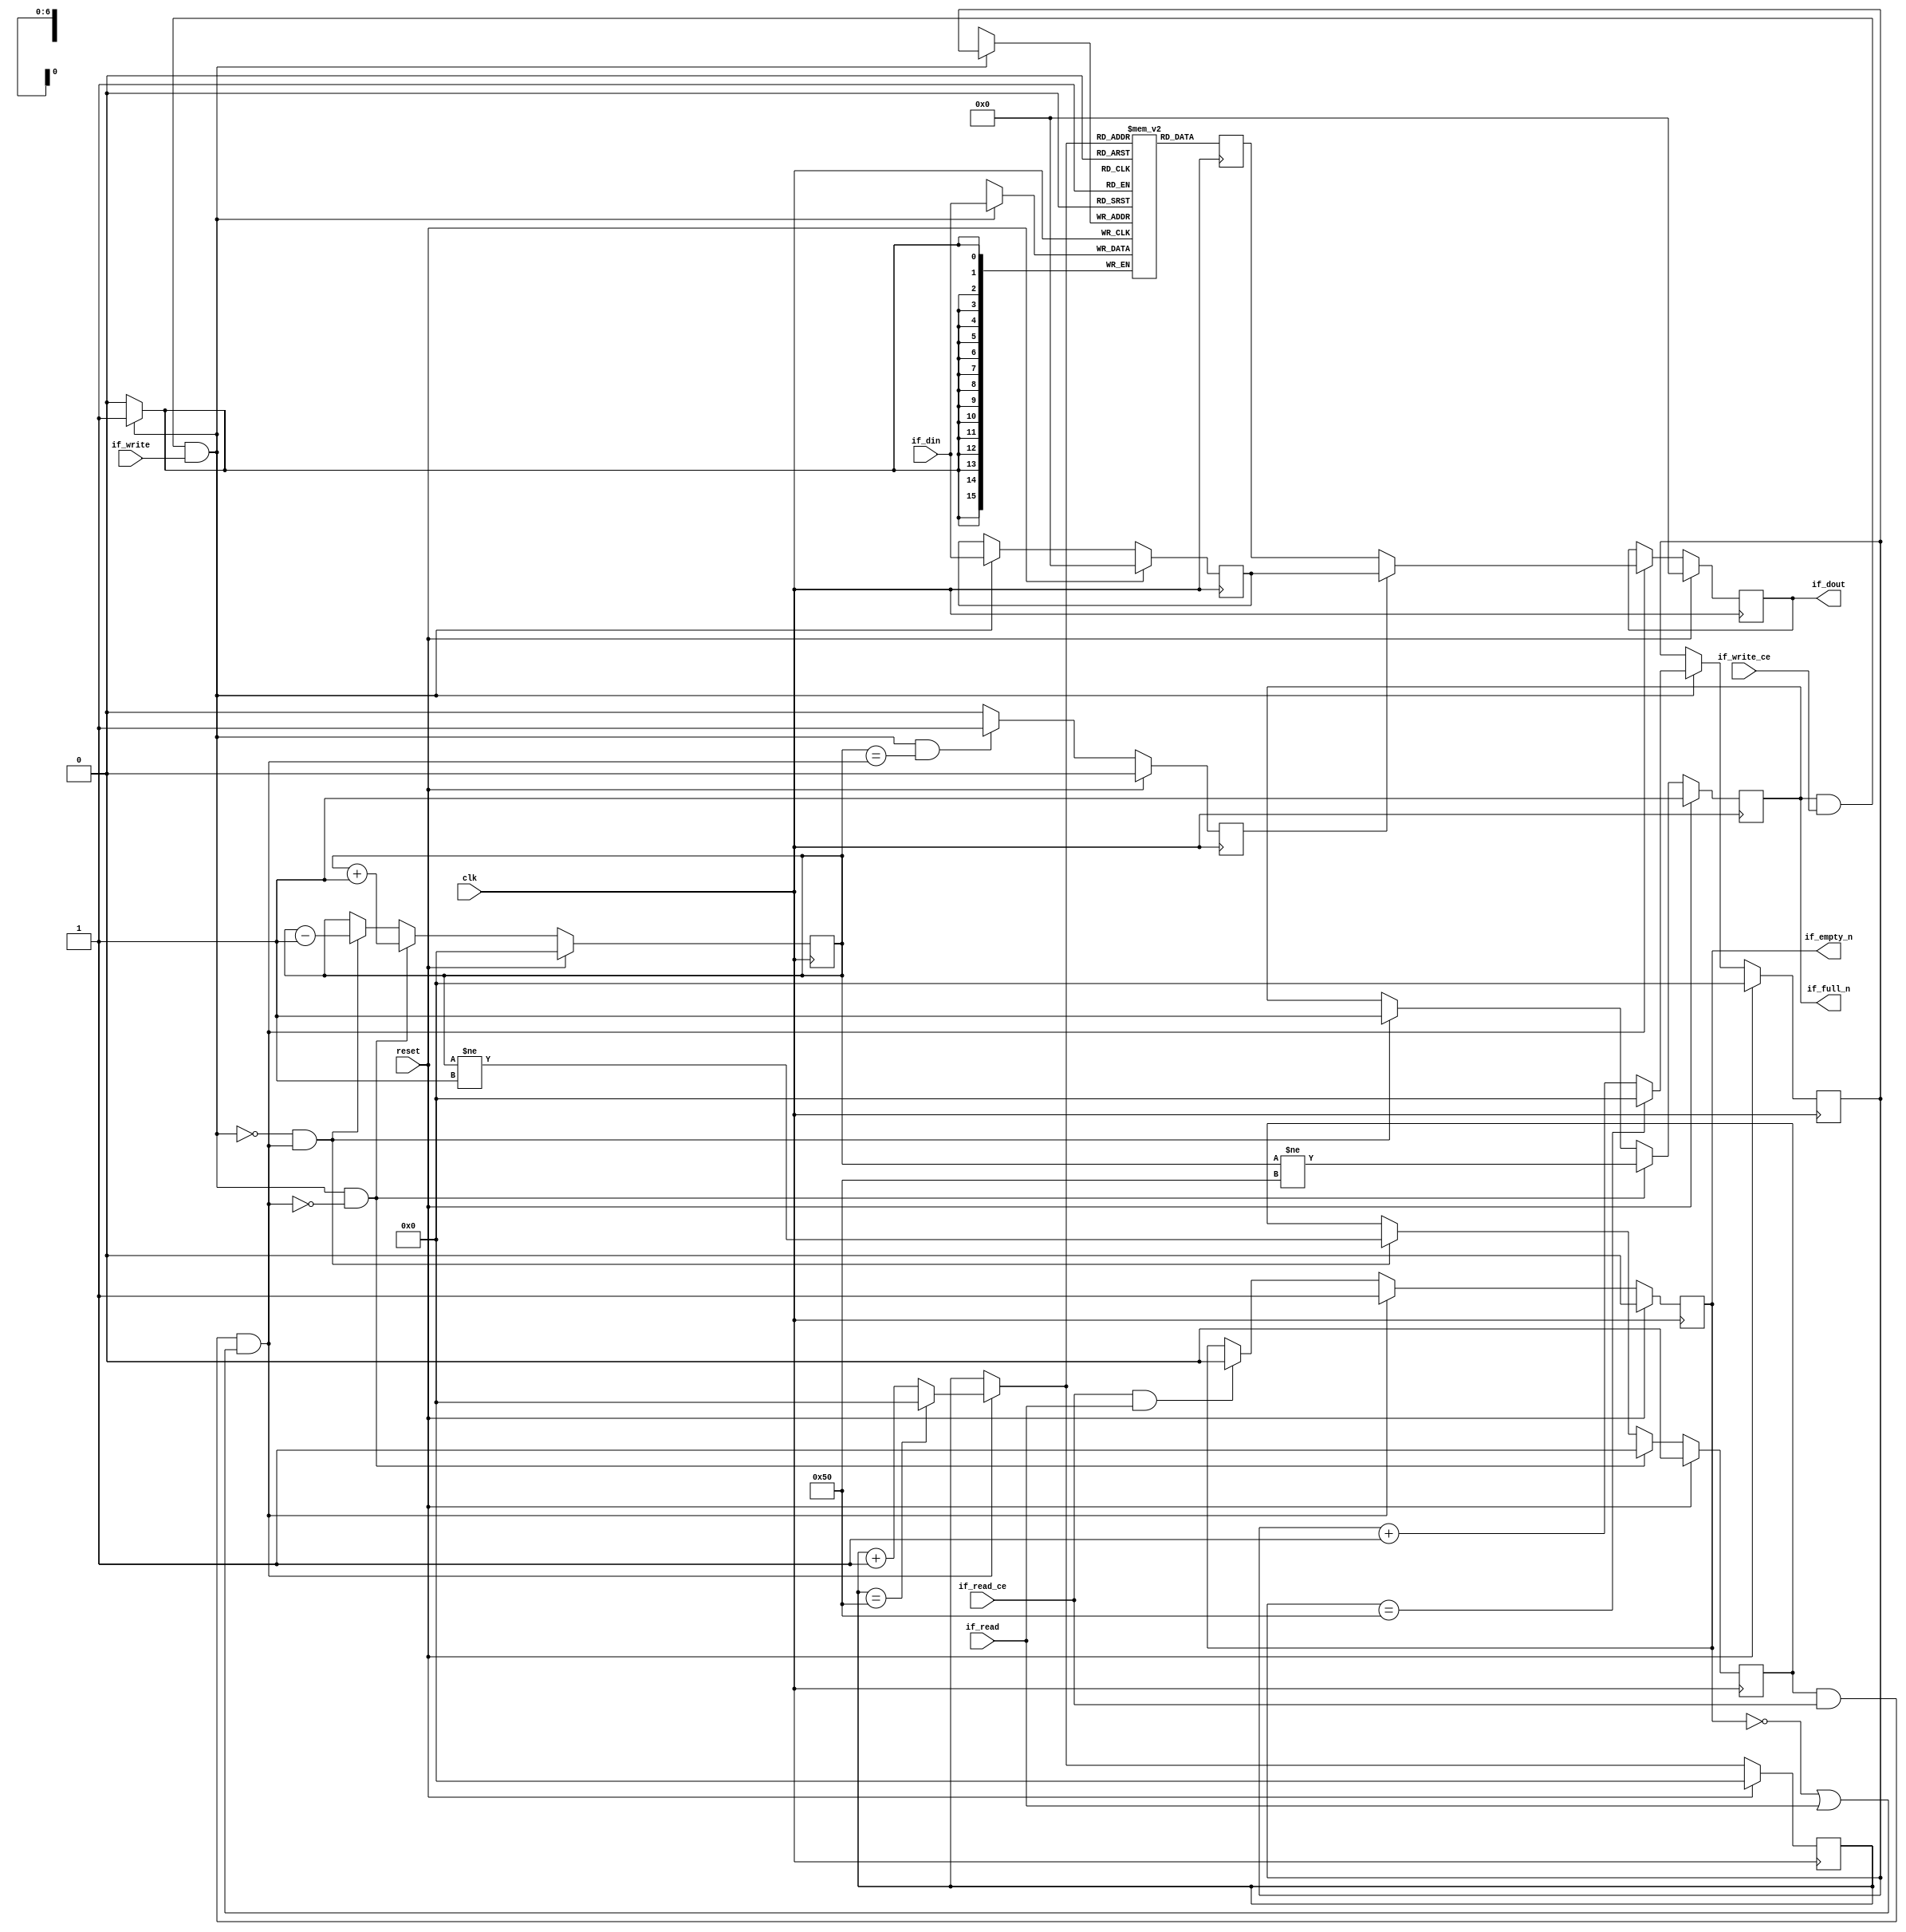
module fifo_w16_d81_A
#(parameter
    MEM_STYLE   = "block",
    DATA_WIDTH  = 16,
    ADDR_WIDTH  = 7,
    DEPTH       = 81
)
(
    // system signal
    input  wire                  clk,
    input  wire                  reset,

    // write
    output wire                  if_full_n,
    input  wire                  if_write_ce,
    input  wire                  if_write,
    input  wire [DATA_WIDTH-1:0] if_din,

    // read
    output wire                  if_empty_n,
    input  wire                  if_read_ce,
    input  wire                  if_read,
    output wire [DATA_WIDTH-1:0] if_dout
);
//------------------------Parameter----------------------

//------------------------Local signal-------------------
(* ram_style = MEM_STYLE *)
reg  [DATA_WIDTH-1:0] mem[0:DEPTH-1];
reg  [DATA_WIDTH-1:0] q_buf = 1'b0;
reg  [ADDR_WIDTH-1:0] waddr = 1'b0;
reg  [ADDR_WIDTH-1:0] raddr = 1'b0;
wire [ADDR_WIDTH-1:0] wnext;
wire [ADDR_WIDTH-1:0] rnext;
wire                  push;
wire                  pop;
reg  [ADDR_WIDTH-1:0] usedw = 1'b0;
reg                   full_n = 1'b1;
reg                   empty_n = 1'b0;
reg  [DATA_WIDTH-1:0] q_tmp = 1'b0;
reg                   show_ahead = 1'b0;
reg  [DATA_WIDTH-1:0] dout_buf = 1'b0;
reg                   dout_valid = 1'b0;


//------------------------Instantiation------------------

//------------------------Task and function--------------

//------------------------Body---------------------------
assign if_full_n  = full_n;
assign if_empty_n = dout_valid;
assign if_dout    = dout_buf;
assign push       = full_n & if_write_ce & if_write;
assign pop        = empty_n & if_read_ce & (~dout_valid | if_read);
assign wnext      = !push                ? waddr :
                    (waddr == DEPTH - 1) ? 1'b0  :
                    waddr + 1'b1;
assign rnext      = !pop                 ? raddr :
                    (raddr == DEPTH - 1) ? 1'b0  :
                    raddr + 1'b1;

// waddr
always @(posedge clk) begin
    if (reset == 1'b1)
        waddr <= 1'b0;
    else
        waddr <= wnext;
end

// raddr
always @(posedge clk) begin
    if (reset == 1'b1)
        raddr <= 1'b0;
    else
        raddr <= rnext;
end

// usedw
always @(posedge clk) begin
    if (reset == 1'b1)
        usedw <= 1'b0;
    else if (push & ~pop)
        usedw <= usedw + 1'b1;
    else if (~push & pop)
        usedw <= usedw - 1'b1;
end

// full_n
always @(posedge clk) begin
    if (reset == 1'b1)
        full_n <= 1'b1;
    else if (push & ~pop)
        full_n <= (usedw != DEPTH - 1);
    else if (~push & pop)
        full_n <= 1'b1;
end

// empty_n
always @(posedge clk) begin
    if (reset == 1'b1)
        empty_n <= 1'b0;
    else if (push & ~pop)
        empty_n <= 1'b1;
    else if (~push & pop)
        empty_n <= (usedw != 1'b1);
end

// mem
always @(posedge clk) begin
    if (push)
        mem[waddr] <= if_din;
end

// q_buf
always @(posedge clk) begin
    q_buf <= mem[rnext];
end

// q_tmp
always @(posedge clk) begin
    if (reset == 1'b1)
        q_tmp <= 1'b0;
    else if (push)
        q_tmp <= if_din;
end

// show_ahead
always @(posedge clk) begin
    if (reset == 1'b1)
        show_ahead <= 1'b0;
    else if (push && usedw == pop)
        show_ahead <= 1'b1;
    else
        show_ahead <= 1'b0;
end

// dout_buf
always @(posedge clk) begin
    if (reset == 1'b1)
        dout_buf <= 1'b0;
    else if (pop)
        dout_buf <= show_ahead? q_tmp : q_buf;
end

// dout_valid
always @(posedge clk) begin
    if (reset == 1'b1)
        dout_valid <= 1'b0;
    else if (pop)
        dout_valid <= 1'b1;
    else if (if_read_ce & if_read)
        dout_valid <= 1'b0;
end

endmodule